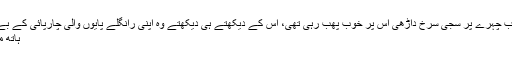
ایک ڈھلتی عمر کا مرد تھا جس کے گورے چٹے بارعب چہرے پر سجی سرخ داڑھی اس پر خوب پھب رہی تھی، اس کے دیکھتے ہی دیکھتے وہ اپنی رانگلے پایوں والی چارپائی کے بے شکن اور بے داغ بستر سے اترا اور کچھ دور بیٹھ کر
ہاتھ میں جگر جگر کرتا پیتل کا لوٹا لے کر وضو کرنے لگا۔